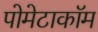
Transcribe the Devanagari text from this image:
पोमेटाकॉम